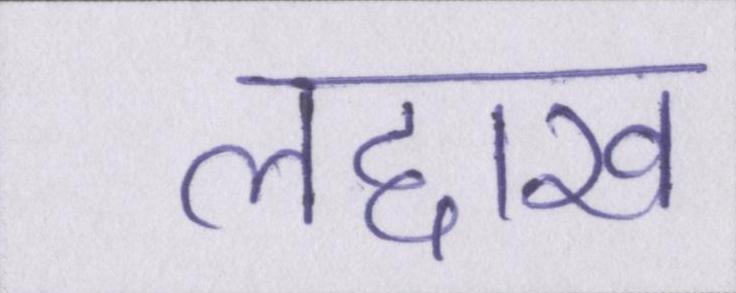
लद्दाख